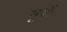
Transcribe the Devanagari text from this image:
सूर्यः